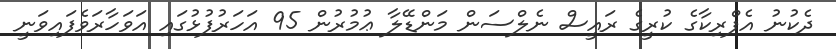
ދެކުނު އެފްރިކާގެ ކުރީގެ ރައީސް ނެލްސަން މަންޑޭލާ ޢުމުރުން 95 އަހަރުފުޅުގައި އަވަހާރަވެފައިވަނީ